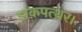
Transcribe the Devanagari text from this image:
डाकपत्थर।